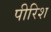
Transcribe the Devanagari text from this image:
पीरिश